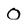
Character: 0